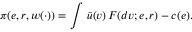
\pi ( e , r , w ( \cdot ) ) = \int \, \bar { u } ( v ) \, F ( d v ; e , r ) - c ( e ) .